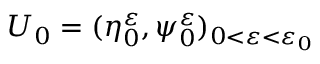
U _ { 0 } = ( \eta _ { 0 } ^ { \varepsilon } , \psi _ { 0 } ^ { \varepsilon } ) _ { 0 < \varepsilon < \varepsilon _ { 0 } }